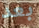
بعد